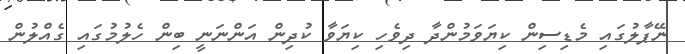
ނޭޕާލުގައި މެޑިސިން ކިޔަވަމުންދާ ދިވެހި ކިޔަވާ ކުދިން އަންނަނީ ބިން ހެލުމުގައި ގެއްލުން